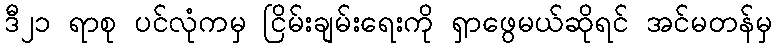
ဒီ၂၁ ရာစု ပင်လုံကမှ ငြိမ်းချမ်းရေးကို ရှာဖွေမယ်ဆိုရင် အင်မတန်မှ